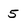
Character: 5